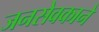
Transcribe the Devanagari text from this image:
जनसेवकाने